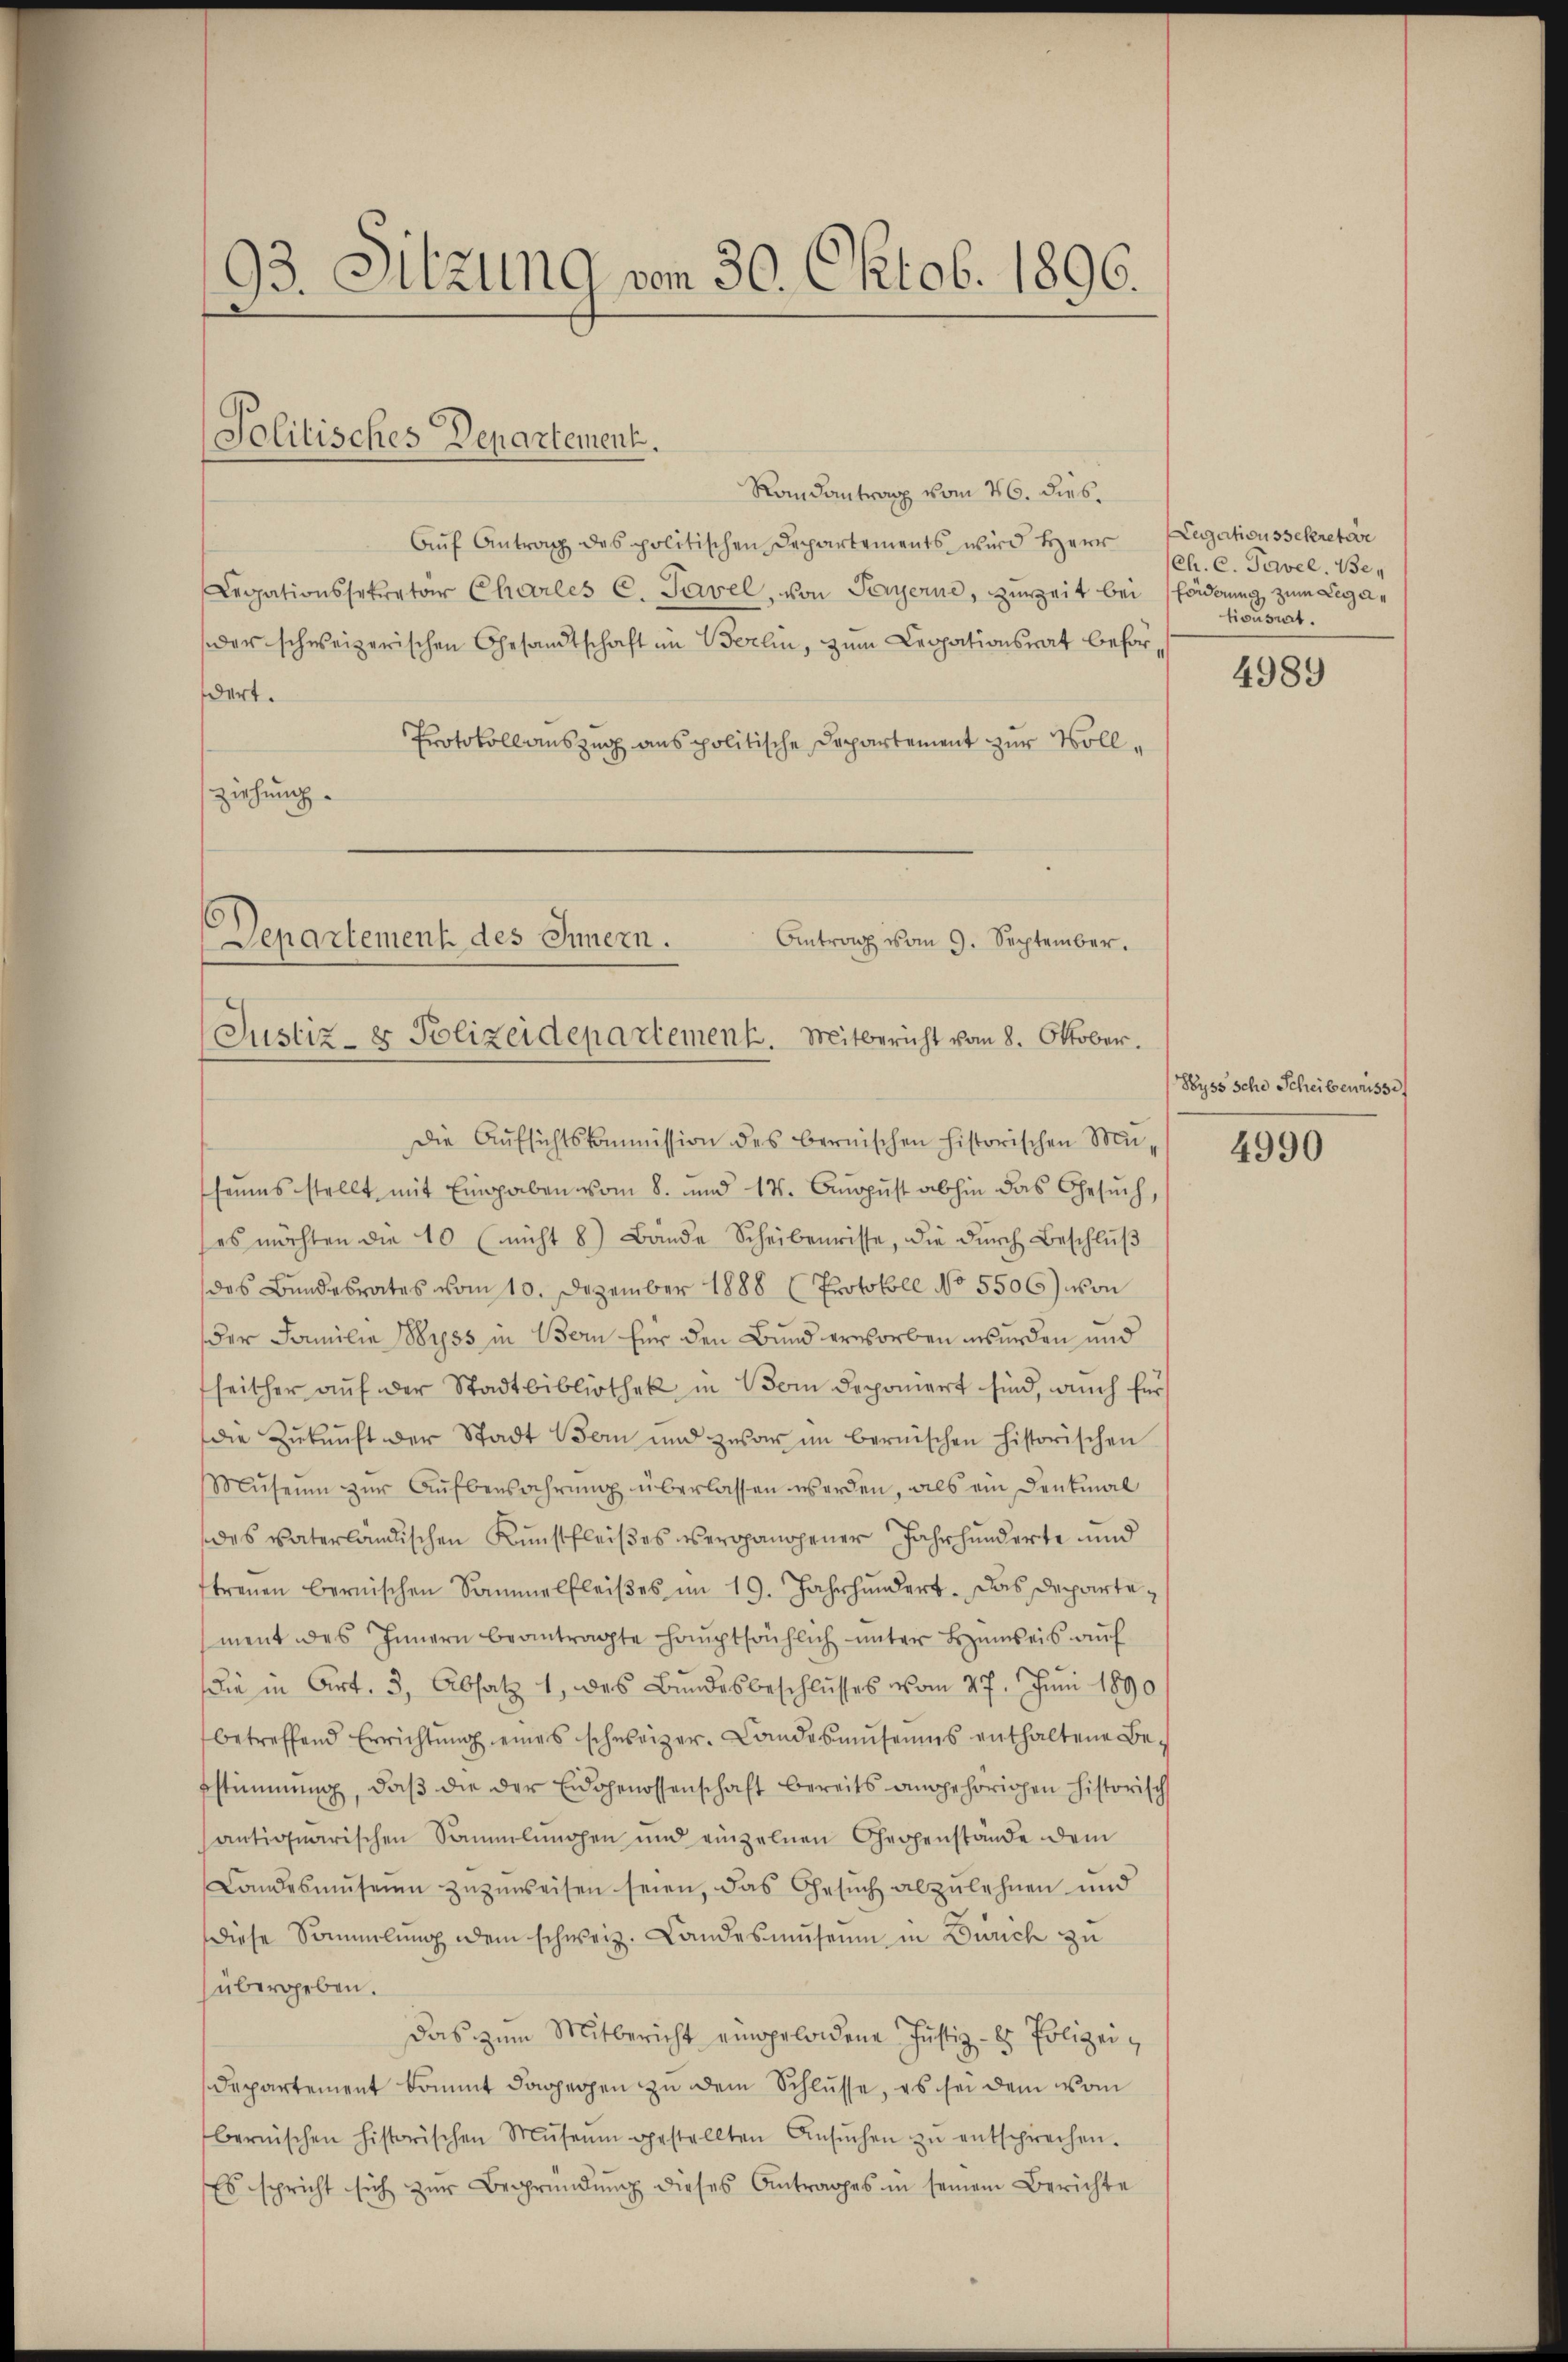
93. Sitzung vom 30. Oktob. 1896.

Politisches Departement.

Randantrag vom 26. Dieb.
Aŭf Antrag des politischen Departements wird Herr Legationssekretär
Legationssekretar Charles C. Savel, von Payerne, zureit bei
der schweizerischen Gesandtschaft im Berlin, zum Legationsrat befordert.
Protokoll auszug aus politische Departement zur Vollziehung.

Departement des Innern.
Antrag vom 9. September.
Justiz- & Polizeidepartement. Mitbericht vom 8. Oktober.

Die Aŭfsichtskommission des bernischen historischen Miheims stellt, mit Eingaben vom 8. und 17. August abhin das Gesŭch,
ses möchten die 10 (nicht 8) Bande Scheibenwisse, die durch Beschluß
des Bundesrates vom 10. Dezember 1888 (Protokoll No 5506) von
Der Familie Wyss in Bern für den Bund erworben wurden und
seither auf der Stadtbibliothek in Vom deponiert sind, auch für
die Zŭkŭnft der Stadt Bern und zuvor im bernischen historischen
Mŭseŭm zŭr Aŭfbensahrŭng überlassen werden, als ein Denkmal
des vaterländischen Kunstfleißes verspanojener Jahrhunderte und
treuen bernischen Sammelfleiβes im 19. Jahrhundert. Das Departement des Innern beantragte Haŭptsächlich ŭnter Bezŭmweis aŭf
die in Art. 3, Absatz 1 des Bŭndesbeschlŭsses vom 27. Juni 1890
betreffend Errichtŭng eines schweizer. Landesmŭseums enthaltene Be-
bstimmung, daβ die der Eidgenossenschaft bereits angehörigen historisch
antiquarischen Sammlungen und einzelnen Gegenstande dem
Landesmuseum zuzuweisen seien, das Gesuch abzulehnen und
Diese Sammlung dem schweiz. Landesmuseum in Zürich zu
übergeben.
Das zum Mitbericht eingeladene Justiz- & Polizei¬
Departement kommt dagegen zu dem Schlüsse, es sei dem vom
bernischen historischen Museum gestellten Ansŭchen zŭ entsprechen.
Esspricht sich zŭr Begründung dieses Antrages in seinem Berichte

(Ch. C. Pavel, Be¬
Förderung zum Legationsrat.

4989

Hyss sche Scheibernisse

4990